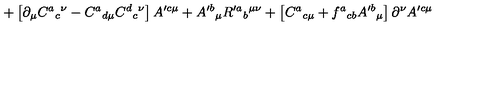
+ \left[ \partial _ { \mu } C ^ { a } { } _ { c } { } ^ { \nu } - C ^ { a } { } _ { d \mu } C ^ { d } { } _ { c } { } ^ { \nu } \right] A ^ { \prime c \mu } + A ^ { \prime b } { } _ { \mu } R ^ { \prime a } { } _ { b } { } ^ { \mu \nu } + \left[ C ^ { a } { } _ { c \mu } + f ^ { a } { } _ { c b } A ^ { \prime b } { } _ { \mu } \right] \partial ^ { \nu } A ^ { \prime c \mu }